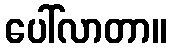
ပေါ်လာတာ။